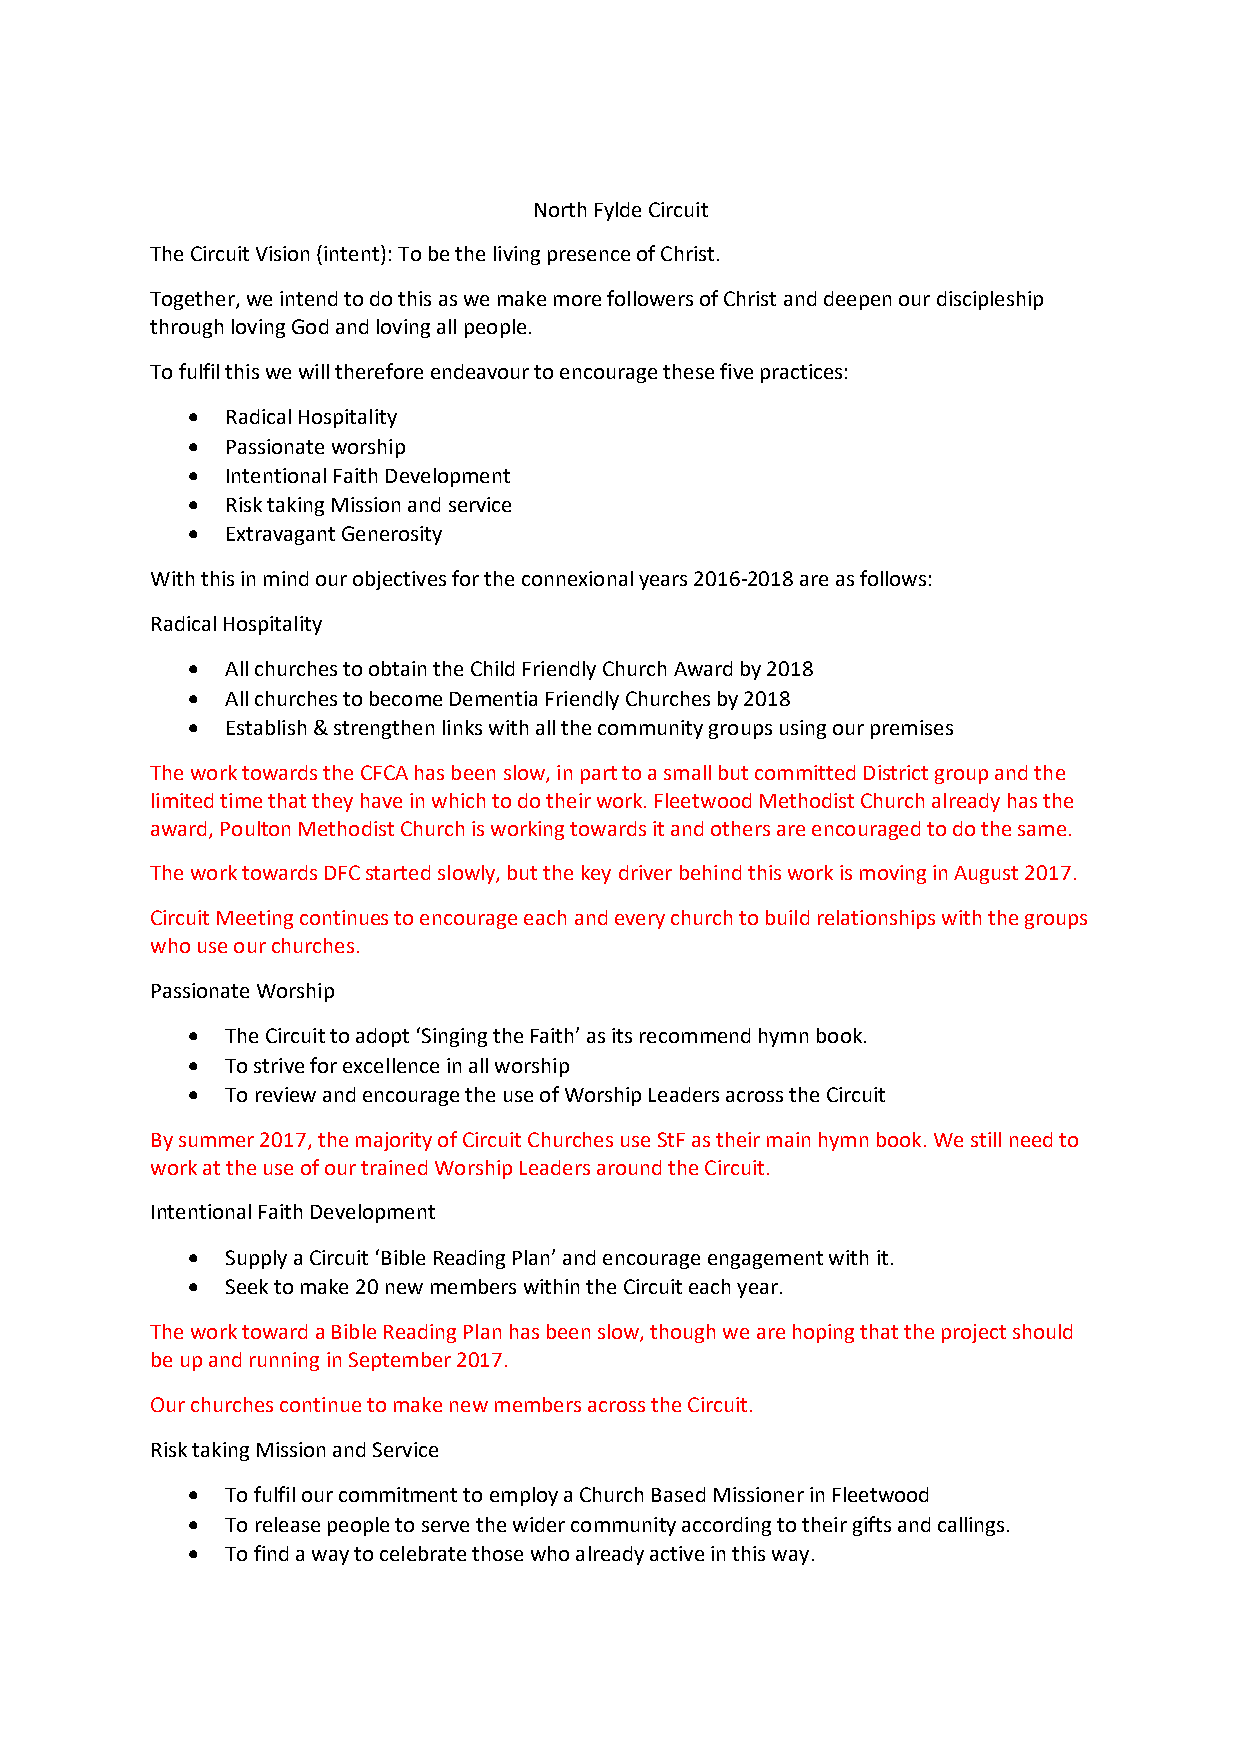
North Fylde Circuit
 The Circuit Vision (intent): To be the living presence of Christ.
 Together, we intend to do this as we make more followers of Christ and deepen our discipleship
 through loving God and loving all people.
 To fulfil this we will therefore endeavour to encourage these five practices:
 •  Radical Hospitality
 •  Passionate worship
 •  Intentional Faith Development
 •  Risk taking Mission and service
 •  Extravagant Generosity
 With this in mind our objectives for the connexional years 2016-2018 are as follows:
 Radical Hospitality
 •  All churches to obtain the Child Friendly Church Award by 2018
 •  All churches to become Dementia Friendly Churches by 2018
 •  Establish & strengthen links with all the community groups using our premises
 The work towards the CFCA has been slow, in part to a small but committed District group and the
 limited time that they have in which to do their work. Fleetwood Methodist Church already has the
 award, Poulton Methodist Church is working towards it and others are encouraged to do the same.
 The work towards DFC started slowly, but the key driver behind this work is moving in August 2017.
 Circuit Meeting continues to encourage each and every church to build relationships with the groups
 who use our churches.
 Passionate Worship
 •  The Circuit to adopt ‘Singing the Faith’ as its recommend hymn book.
 •  To strive for excellence in all worship
 •  To review and encourage the use of Worship Leaders across the Circuit
 By summer 2017, the majority of Circuit Churches use StF as their main hymn book. We still need to
 work at the use of our trained Worship Leaders around the Circuit.
 Intentional Faith Development
 •  Supply a Circuit ‘Bible Reading Plan’ and encourage engagement with it.
 •  Seek to make 20 new members within the Circuit each year.
 The work toward a Bible Reading Plan has been slow, though we are hoping that the project should
 be up and running in September 2017.
 Our churches continue to make new members across the Circuit.
 Risk taking Mission and Service
 •  To fulfil our commitment to employ a Church Based Missioner in Fleetwood
 •  To release people to serve the wider community according to their gifts and callings.
 •  To find a way to celebrate those who already active in this way.